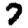
Digit: 7